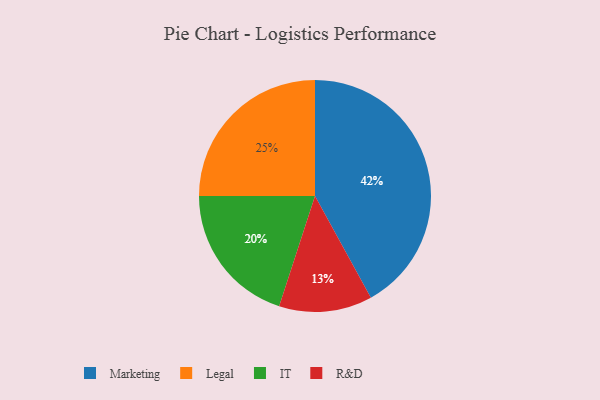
{"axis": {"x": "Category", "y": "Percentage"}, "legend": ["IT", "Legal", "Marketing", "R&D"], "data": [{"x": "Legal", "y": 25, "type": "Legal"}, {"x": "Marketing", "y": 42, "type": "Marketing"}, {"x": "IT", "y": 20, "type": "IT"}, {"x": "R&D", "y": 13, "type": "R&D"}]}